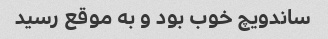
ساندویچ خوب بود و به موقع رسید